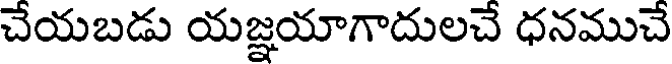
చేయబడు యజ్ఞయాగాదులచే ధనముచే